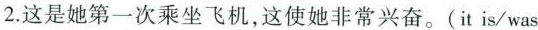
2.这是她第一次乘坐飞机，这使她非常兴奋.( it is/was